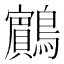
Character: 𪇧